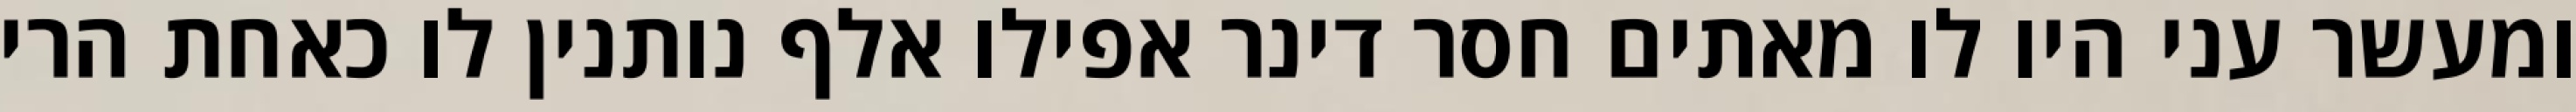
ומעשר עני היו לו מאתים חסר דינר אפילו אלף נותנין לו כאחת הרי